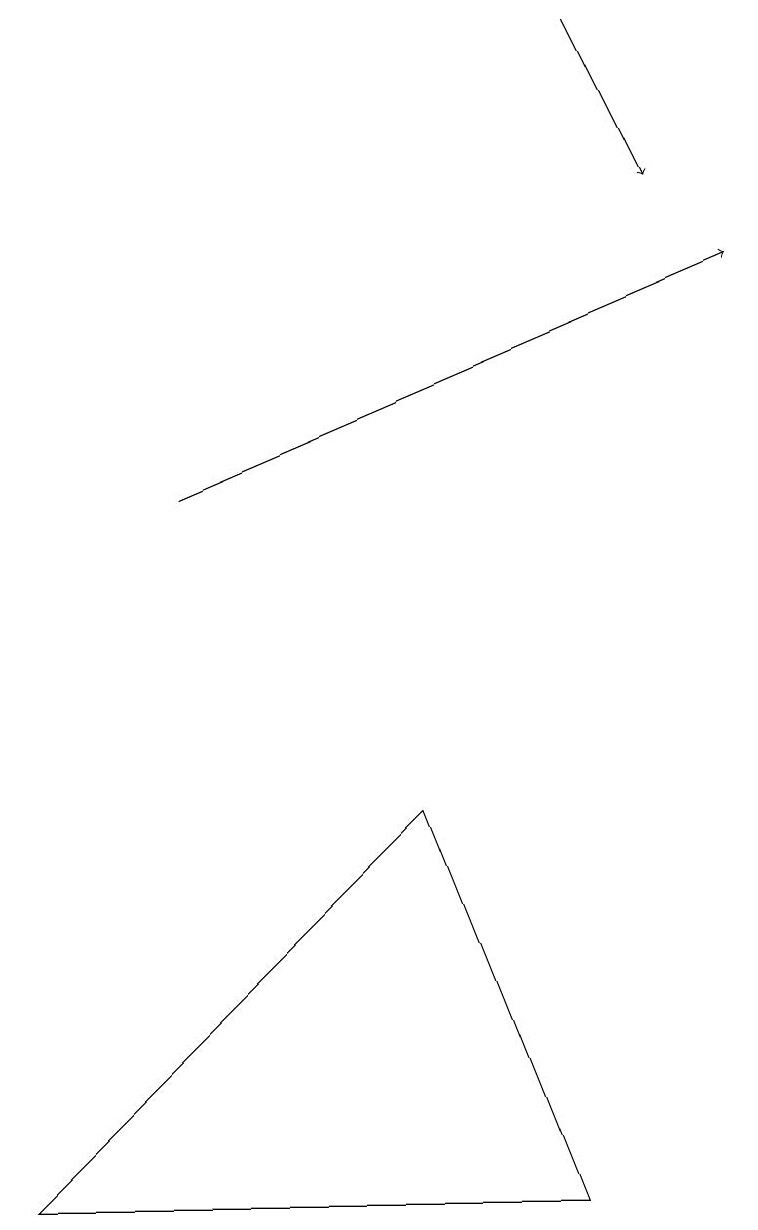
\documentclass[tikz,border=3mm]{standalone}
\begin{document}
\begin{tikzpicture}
\draw[->] (2,12) -- (9,15);
\draw[->] (7,18) -- (8,16);
\draw (7,3) -- (5,8) -- (0,3) -- cycle;
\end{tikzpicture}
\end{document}